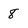
Character: 8